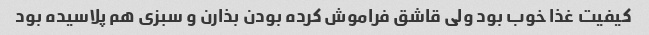
کیفیت غذا خوب بود ولی قاشق فراموش کرده بودن بذارن و سبزی هم پلاسیده بود